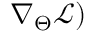
\nabla _ { \Theta } \mathcal { L } )